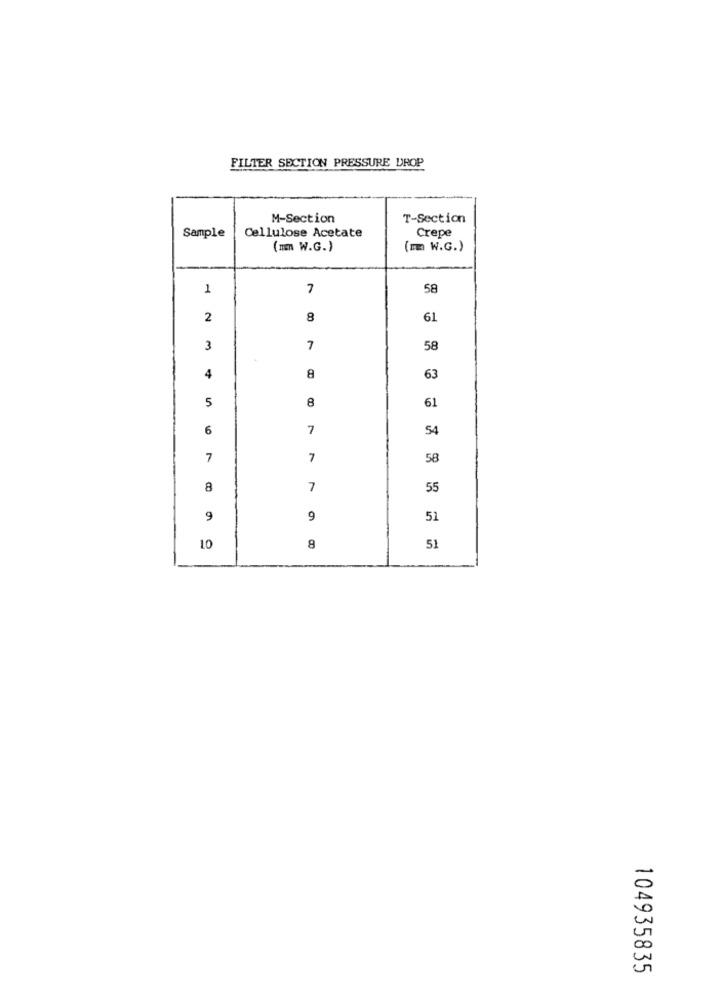
FILTER SECTION PRESSURE DROP
M-Section
T-Section
Sample
Crepe
Cellulose Acetate
(mn W.G.)
(mm W.G.)
1
7
58
2
8
61
3
7
58
4
8
63
5
8
61
6
7
54
7
7
58
8
7
55
9
9
51
10
8
51
104935835